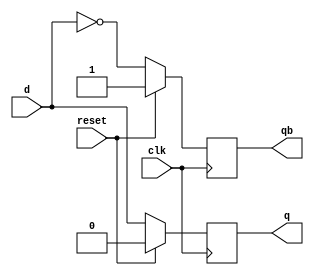
module dff(d,q,qb,clk,reset); 
  input d, clk, reset; 
  output reg q, qb; 
  always@(posedge clk) 
  begin
    if(reset == 1)
      begin
        q <= 0;
        qb <= 1;
      end
    else
      begin
        q <= d; 
        qb <= !d;
      end 
  end 
endmodule



module sequence101_dff(x, clk, z, rst);
  input x, clk, rst;
  output z;
  wire a,b,bd,ad,bx,xx;
  not g0(xx,x);
  and g1(bx,b,xx);
  
  dff f2(.d(x),.q(b),.qb(bd),.clk(clk),.reset(rst));
  dff f1(.d(bx),.q(a),.qb(ad),.clk(clk),.reset(rst));
  
  and g2(z,a,x);
  
endmodule